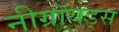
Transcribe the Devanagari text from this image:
नीग्रॉयड्स